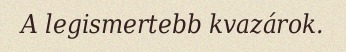
A legismertebb kvazárok.